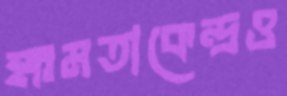
ক্ষমতাকেন্দ্রও